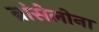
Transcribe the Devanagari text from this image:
ब्रांसेलोना